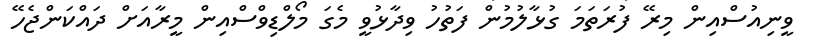
ވީނިއުސްއިން މިރޭ ފުރަތަމަ ގުޅާލުމުން ފަތުހު ވިދާޅުވީ މެގަ މޯލްޑިވްސްއިން މީރާއަށް ދައްކަންޖެހޭ